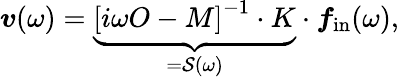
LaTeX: \boldsymbol{v}(\omega)=\underbrace{\left[i\omega O-M\right]^{-1}\cdot K}_{=\mathcal{S}(\omega)}\cdot\boldsymbol{f}_{\mathrm{in}}(\omega),